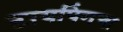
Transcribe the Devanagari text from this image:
टायपिंगचा